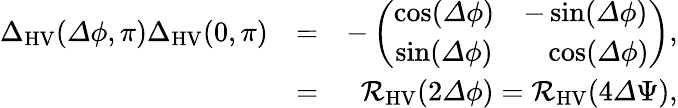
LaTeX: \begin{array}{rlr}{{\Delta}_{\mathrm{HV}}({\mathit\Delta\phi},\pi){\Delta}_{\mathrm{HV}}(0,\pi)}&{=}&{-\left(\begin{array}{cc}{\cos({\mathit\Delta\phi})}&{-\sin({\mathit\Delta\phi})}\\ {\sin({\mathit\Delta\phi})}&{\ \ \ \cos({\mathit\Delta\phi})}\end{array}\right),}\\ &{=}&{\mathcal{R}_{\mathrm{HV}}(2{\mathit\Delta\phi})=\mathcal{R}_{\mathrm{HV}}(4{\mathit\Delta\Psi}),}\end{array}